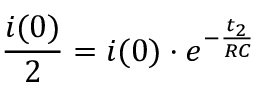
\frac { i ( 0 ) } { 2 } = i ( 0 ) \cdot e ^ { - \frac { t _ { 2 } } { R C } }